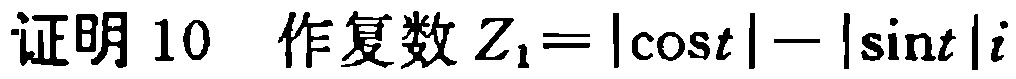
证明 10  作复数 \(Z_{1}=|\cos t|-|\sin t|i\)